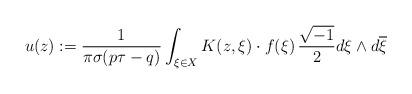
LaTeX: \begin{align*}u(z) := \frac{1}{\pi\sigma(p\tau-q)}\int_{\xi\in X}K(z, \xi)\cdot f(\xi)\,\frac{\sqrt{-1}}{2}d\xi\wedge d\overline{\xi}\end{align*}